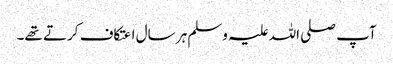
آپ صلی اللہ علیہ وسلم ہر سال اعتکاف کرتے تھے۔